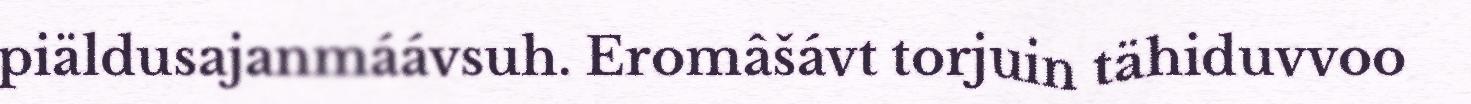
piäldusajanmáávsuh. Eromâšávt torjuin tähiduvvoo